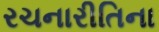
રચનારીતિના